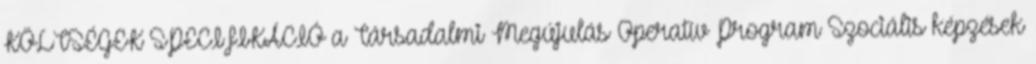
KÖLTSÉGEK SPECIFIKÁCIÓ a Társadalmi Megújulás Operatív Program Szociális képzések